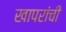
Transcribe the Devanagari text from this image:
खापरांची